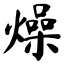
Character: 燥